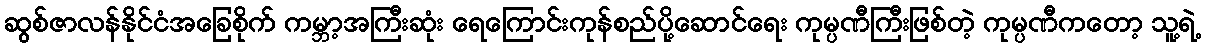
ဆွစ်ဇာလန်နိုင်ငံအခြေစိုက် ကမ္ဘာ့အကြီးဆုံး ရေကြောင်းကုန်စည်ပို့ဆောင်ရေး ကုမ္ပဏီကြီးဖြစ်တဲ့ ကုမ္ပဏီကတော့ သူ့ရဲ့